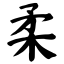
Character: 柔